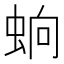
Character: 䖮